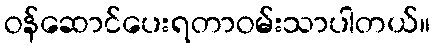
ဝန်ဆောင်ပေးရတာဝမ်းသာပါတယ်။